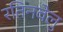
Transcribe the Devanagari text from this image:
रतिनवेलु